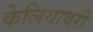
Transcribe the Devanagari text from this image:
केलियावरी